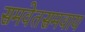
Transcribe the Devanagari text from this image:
समवेतसमवाय